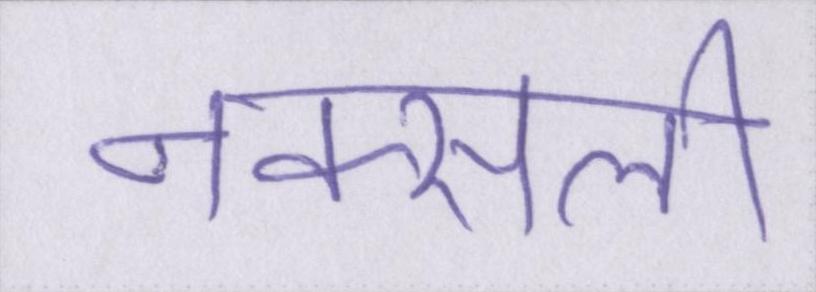
नक्सली